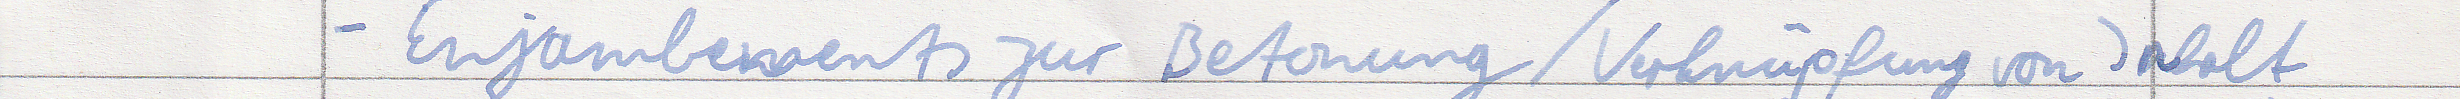
- Enjambements zur Betonung / Verknüpfung von Inhalt